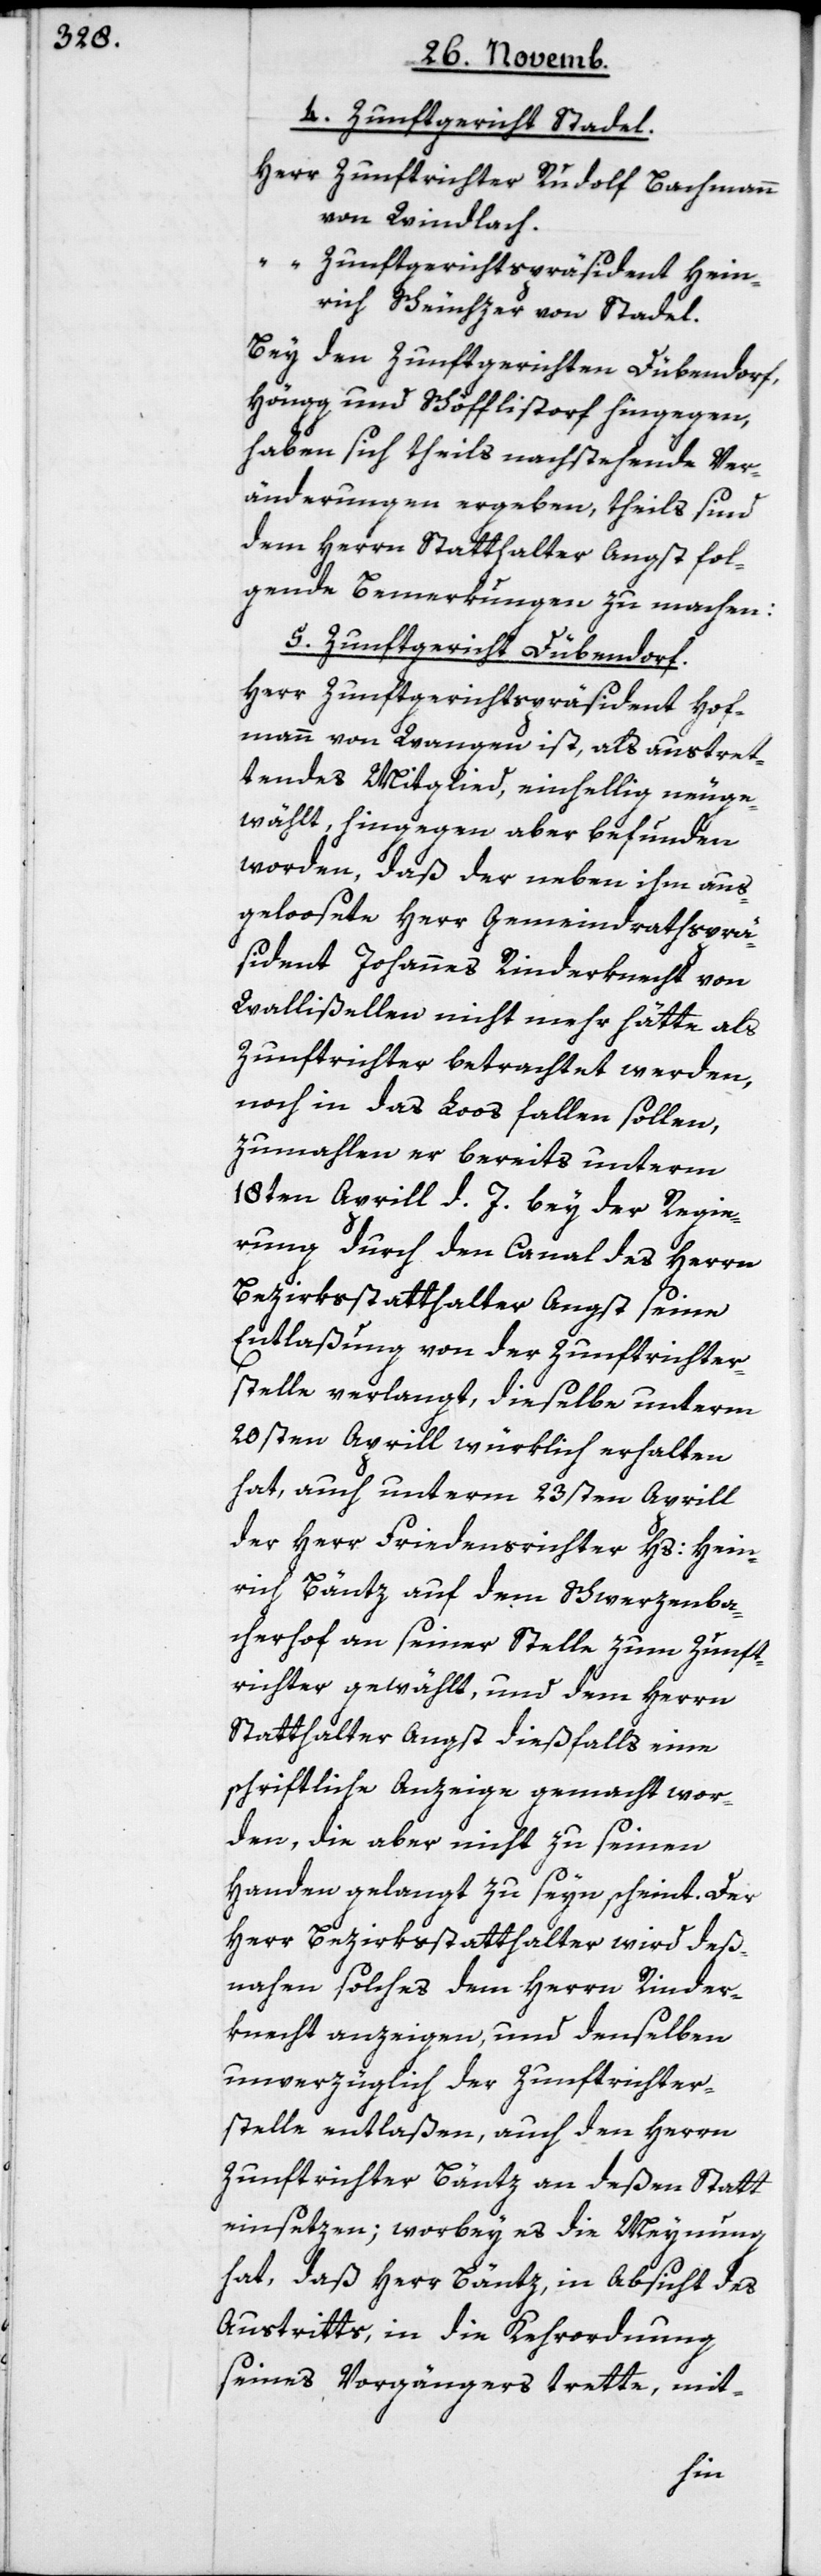
4. Zunftgericht Stadel.
Herr Zunftrichter Rudolf Bachmann
von Windlach.
“ Zunftgerichtspräsident Hein¬
rich Scheuchzer von Stadel.
Bey den Zunftgerichten Dübendorf,
Höngg und Schöfflistorf hingegen,
haben sich theils nachstehende Ver¬
änderungen ergeben, theils sind
dem Herrn Statthalter Angst fol¬
gende Bemerkungen zu machen:
5. Zunftgericht Dübendorf.
Herr Zunftgerichtspräsident Hof¬
mann von Wangen ist, als austret¬
tendes Mitglied, einhellig neuge¬
wählt, hingegen aber befunden
worden, daß der neben ihm aus¬
geloosete Herr Gemeindrathsprä¬
sident Johannes Rinderknecht von
Wallisellen nicht mehr hätte als
Zunftrichter betrachtet werden
noch in das Loos fallen sollen,
zumahlen er bereits unterm
18ten Aprill d. J. bey der Regie¬
rung durch den Canal des Herrn
Bezirksstatthalter Angst seine
Entlaßung von der Zunftrichter¬
stelle verlangt, dieselbe unterm
20sten Aprill würklich erhalten
hat, auch unterm 23sten Aprill
der Herr Friedensichter Hs. Hein¬
rich Bäntz auf dem Schwerzenba¬
cherhof an seiner Stelle zum Zunft¬
richter gewählt, und dem Herrn
Statthalter Angst dießfalls eine
schriftliche Anzeige gemacht wor¬
den, die aber nicht zu seinen
Handen gelangt zu seyn scheint. Der
Herr Bezirksstatthalter wird deß¬
nahen solches dem Herrn Rinder¬
knecht anzeigen, und denselben
unverzüglich der Zunftrichter¬
stelle entlaßen, auch den Herrn
Zunftrichter Bäntz an deßen Statt
einsetzen; worbey es die Meynung
hat, daß Herr Bäntz, in Absicht des
Austritts, in die Kehrordnung
seines Vorgängers trette, mit-